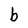
Character: b